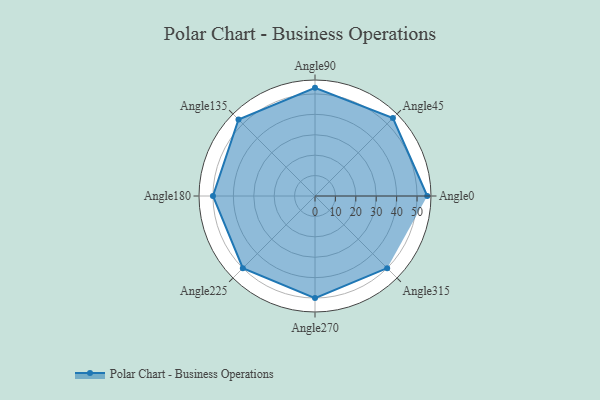
{"axis": {"x": "Angle", "y": "Radius"}, "legend": [""], "data": [{"x": "Angle0", "y": 55.0, "type": ""}, {"x": "Angle45", "y": 54.0, "type": ""}, {"x": "Angle90", "y": 53.0, "type": ""}, {"x": "Angle135", "y": 53.0, "type": ""}, {"x": "Angle180", "y": 50, "type": ""}, {"x": "Angle225", "y": 50, "type": ""}, {"x": "Angle270", "y": 50, "type": ""}, {"x": "Angle315", "y": 50, "type": ""}]}